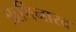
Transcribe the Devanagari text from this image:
ऋषिनारद